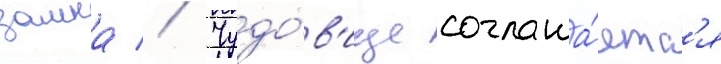
замка // Чудо́в'ище соглаша́етс'я